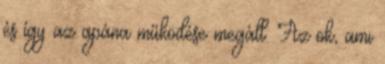
és így az apána működése megáll. Az ok, ami